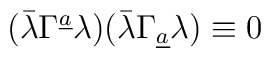
(\bar\lambda\Gamma^{\underline a}\lambda)(\bar\lambda\Gamma_{\underline a}\lambda)\equiv 0